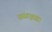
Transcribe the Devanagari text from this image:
चळवळः